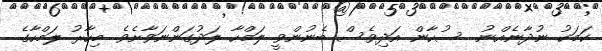
ކަމަކު ނުދާނެއްނު  ސުހާން އަދިވެސް ބެނުންވީ ލަމްހާ ލަދުގަންނަވާށެވެ. މިހާރު ލަމްހާގެ